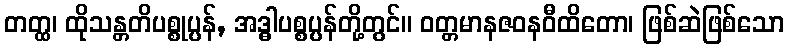
တတ္ထ၊ ထိုသန္တတိပစ္စုပ္ပန်, အဒ္ဓါပစ္စပ္ပန်တို့တွင်။ ဝတ္တမာနဇဝနဝီထိတော၊ ဖြစ်ဆဲဖြစ်သော